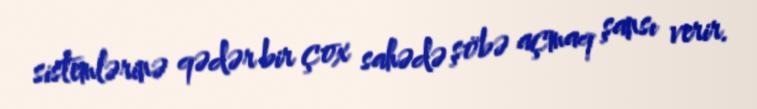
sistemlərinə qədər bir çox sahədə şöbə açmaq şansı verir.